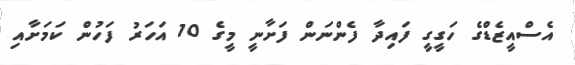
އެސްއީޒެޑްގެ ހަގީގީ ފައިދާ ފެންނަން ފަށާނީ މީގެ 10 އަހަރު ފަހުން ކަމަށާއި